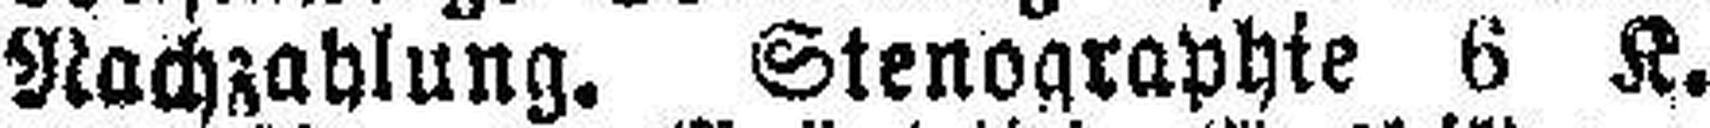
Nachzahlung. Stenographie 6 K.